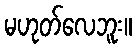
မဟုတ်လေဘူး။